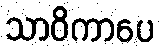
သာဝိကာပေ